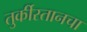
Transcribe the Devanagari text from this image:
तुर्कीस्तानचा